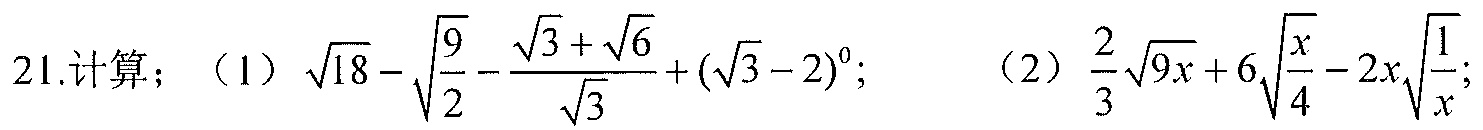
21.计算；（1）\(\sqrt{18}-\sqrt{\frac{9}{2}}-\frac{\sqrt{3}+\sqrt{6}}{\sqrt{3}}+(\sqrt{3}-2)^{0}\); （2）\(\frac{2}{3}\sqrt{9x}+6\sqrt{\frac{x}{4}}-2x\sqrt{\frac{1}{x}}\);